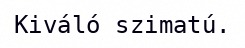
Kiváló szimatú.